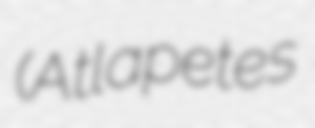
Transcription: (Atlapetes